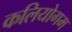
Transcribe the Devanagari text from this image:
कलियोगम